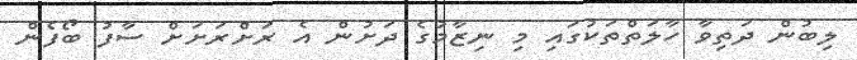
ލިބުން ދަތިވާ ހާލަތްތަކުގައި މި ނިޒާމުގެ ދަށުން އެ ރަށްރަށަށް ސާފު ބޯފެން